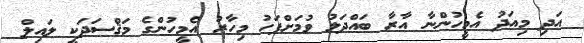
އަދި މިއަދު އެމީހުންނާ އާރާ ބައްދަލު ވުމަށްފަހު މިހާރު އެމީހުންގެ މަޤްސަދަކީ ލައިލް